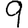
Digit: 9